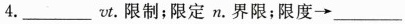
4.___vt.限制；限定n.界限；限度→___